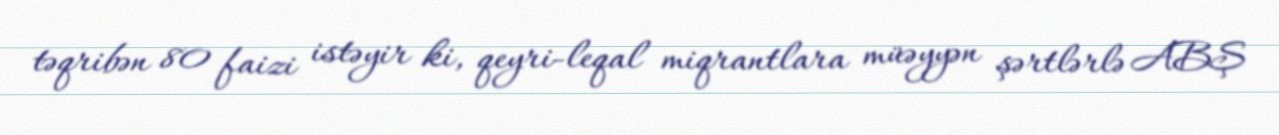
təqribən 80 faizi istəyir ki, qeyri-leqal miqrantlara müəyyən şərtlərlə ABŞ